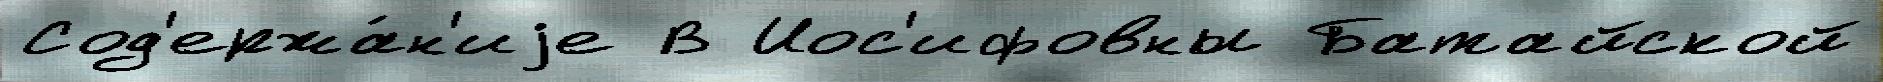
Сод'ержа́н'иjе В Иос'ифовны Батайской